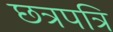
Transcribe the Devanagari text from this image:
छत्रपत्रि